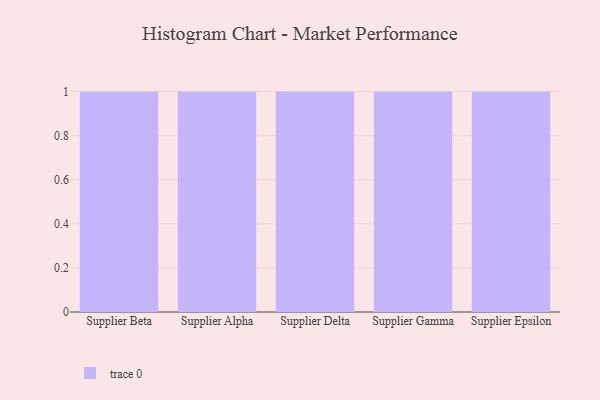
{"axis": {"x": "Supplier", "y": "LTV (USD)"}, "legend": [""], "data": [{"x": "Supplier Beta", "y": 8, "type": ""}, {"x": "Supplier Alpha", "y": 96, "type": ""}, {"x": "Supplier Delta", "y": 23, "type": ""}, {"x": "Supplier Gamma", "y": 23, "type": ""}, {"x": "Supplier Epsilon", "y": 88, "type": ""}]}